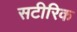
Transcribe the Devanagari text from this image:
सटीरिक